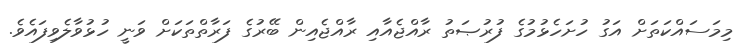
މިމަސައްކަތަށް އަގު ހުށަހެޅުމުގެ ފުރުޞަތު ރާއްޖެއާއި ރާއްޖެއިން ބޭރުގެ ފަރާތްތަކަށް ވަނީ ހުޅުވާލެވިފައެވެ.